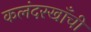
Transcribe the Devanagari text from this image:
कलंदरखाँची